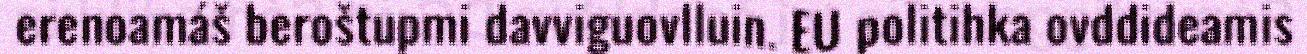
erenoamáš beroštupmi davviguovlluin. EU politihka ovddideamis